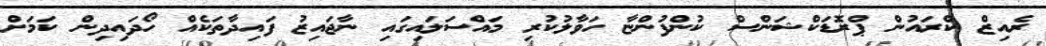
ރެއިޒް ކްރައުން ޕްރޮޑަކްޝަންސް ކުންފުންޏާ ހަވާލުކުރި މައްސަލައިގައި ނާޖައިޒު ފައިދާތަކެއް ހޯދައިދިން ކަމަށް